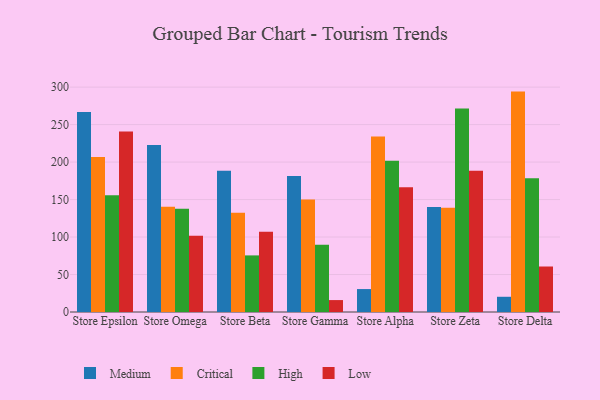
{"axis": {"x": "Store", "y": "Demand Index"}, "legend": ["Critical", "High", "Low", "Medium"], "data": [{"x": "Store Epsilon", "y": 266.8, "type": "Medium"}, {"x": "Store Epsilon", "y": 206.9, "type": "Critical"}, {"x": "Store Epsilon", "y": 155.6, "type": "High"}, {"x": "Store Epsilon", "y": 240.9, "type": "Low"}, {"x": "Store Omega", "y": 222.9, "type": "Medium"}, {"x": "Store Omega", "y": 140.3, "type": "Critical"}, {"x": "Store Omega", "y": 137.6, "type": "High"}, {"x": "Store Omega", "y": 101.8, "type": "Low"}, {"x": "Store Beta", "y": 188.3, "type": "Medium"}, {"x": "Store Beta", "y": 132.5, "type": "Critical"}, {"x": "Store Beta", "y": 75.5, "type": "High"}, {"x": "Store Beta", "y": 107.2, "type": "Low"}, {"x": "Store Gamma", "y": 181.5, "type": "Medium"}, {"x": "Store Gamma", "y": 150.2, "type": "Critical"}, {"x": "Store Gamma", "y": 89.6, "type": "High"}, {"x": "Store Gamma", "y": 15.9, "type": "Low"}, {"x": "Store Alpha", "y": 30.6, "type": "Medium"}, {"x": "Store Alpha", "y": 234.2, "type": "Critical"}, {"x": "Store Alpha", "y": 201.9, "type": "High"}, {"x": "Store Alpha", "y": 166.3, "type": "Low"}, {"x": "Store Zeta", "y": 140.0, "type": "Medium"}, {"x": "Store Zeta", "y": 139.0, "type": "Critical"}, {"x": "Store Zeta", "y": 271.6, "type": "High"}, {"x": "Store Zeta", "y": 188.5, "type": "Low"}, {"x": "Store Delta", "y": 20.3, "type": "Medium"}, {"x": "Store Delta", "y": 294.0, "type": "Critical"}, {"x": "Store Delta", "y": 178.4, "type": "High"}, {"x": "Store Delta", "y": 60.7, "type": "Low"}]}